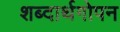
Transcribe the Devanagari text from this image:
शब्दार्थगोपन